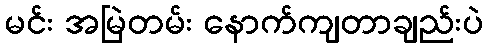
မင်း အမြဲတမ်း နောက်ကျတာချည်းပဲ